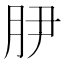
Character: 𭨭